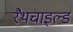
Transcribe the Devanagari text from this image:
रैथचाइल्ड